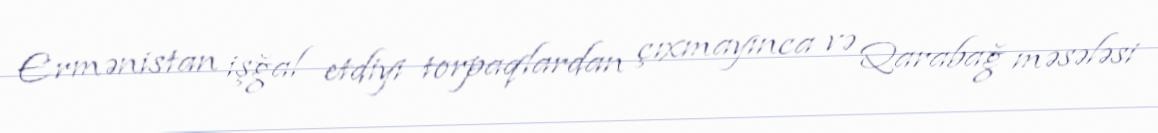
Ermənistan işğal etdiyi torpaqlardan çıxmayınca və Qarabağ məsələsi